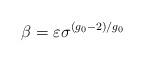
LaTeX: \begin{align*}\beta=\varepsilon \sigma^{(g_0-2)/g_0}\end{align*}